King Institute of Preventive Medicine Micro-Biological Section reports 1909-11
Year: 1909
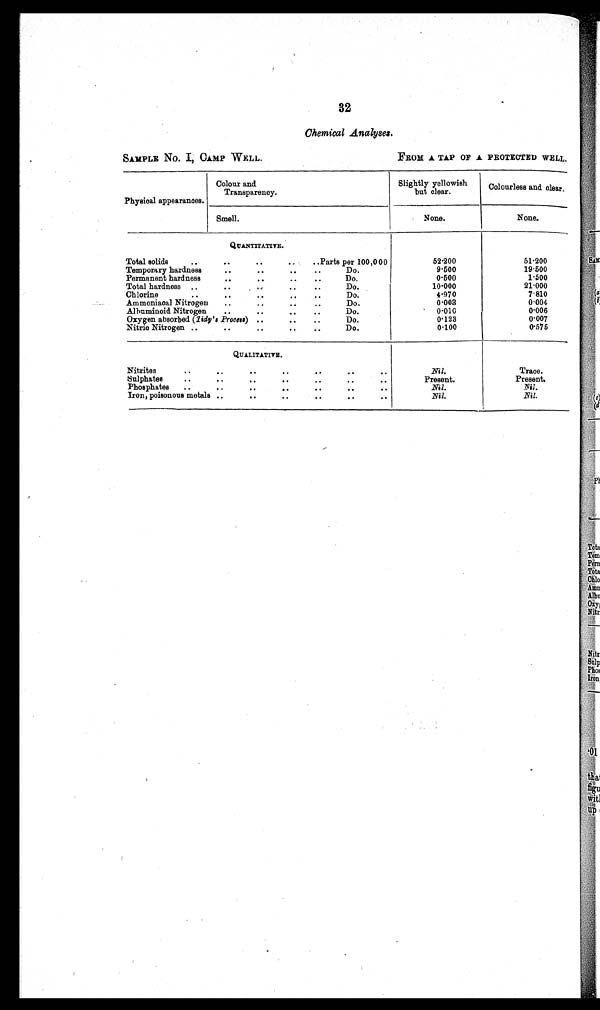
SAMPLE No. I, CAMP WELL.
FROM A TAP OF A PROTECTED WELL,
32
Chemical Analyses.
Physical appearances.
Colour and
Transparency.
Slightly yellowish
but clear.
Colourless and clear.
Smell.
None.
None.
QUANTITATIVE.
Total solids
• •
• •
• •
• .Parts per 100,000
52.200
51.200
Temporary hardness
..
..
• •
• •
Do.
9.500
19.500
Permanent hardness
• •
• •
..
• •
Do,
0.500
1.500
Total hardness ..
• •
• ,
..
..
Do.
10.000
21.000
Chlorine
..
• .
• •
, .
• •
Do.
4.970
7.810
Ammoniacal Nitrogen
..
• .
• •
• •
Do.
0.003
0 . 0 0 4
Albuminoid Nitrogen
• •
..
..
• •
Do.
0.010
0.006
Oxygen absorbed (Tidy's Process) ..
• •
..
Do.
0.123
0.007
Nitric Nitrogen ..
..
• •
• •
• •
Do.
0.100
0.575
QUALITATIVE.
Nitrites
..
..
•
• •
• •
• •
Nil.
Trace.
Sulphates
..
• •
• •
• •
..
• •
..
Present.
Present.
Phosphates
..
• •
• •
• •
• •
• •
Nil.
Nil.
Iron, poisonous metals . ....
..
• •
• •
• •
Nil.
Nil.